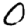
Digit: 0